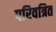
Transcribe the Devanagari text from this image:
परिवत्रित